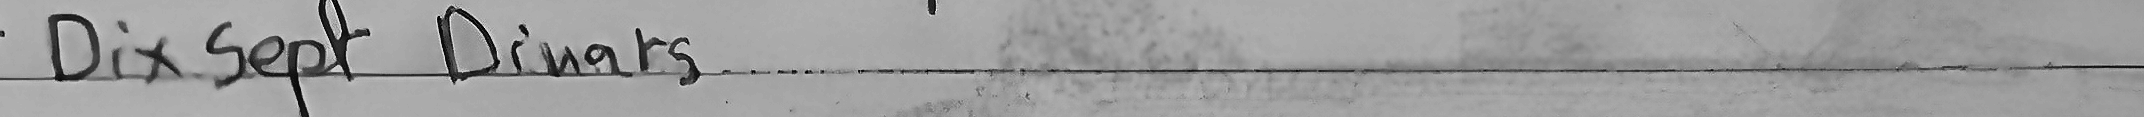
Dix Sept Dianrs